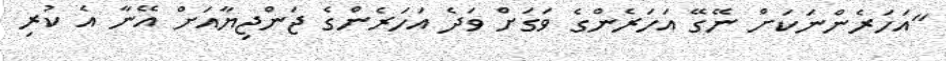
"އަހަރެންނަކަށް ނޭގޭ އަހަރެންގެ ވަގަށް ވަދެ އަހަރެންގެ ޖަންޖިޔާއަށް އޭނާ އެ ކުރި